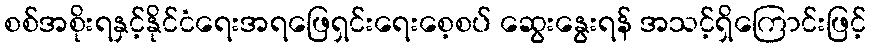
စစ်အစိုးရနှင့်နိုင်ငံရေးအရဖြေရှင်းရေးစေ့စပ် ဆွေးနွေးရန် အသင့်ရှိကြောင်းဖြင့်